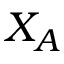
X _ { A }